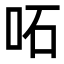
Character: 𠰴